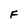
Character: F